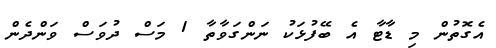
އެގޮތުން މި ޑާޓާ އެ ބޭފުޅަކު ނަންގަވާތާ 1 މަސް ދުވަސް ވަންދެން